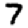
Digit: 7